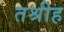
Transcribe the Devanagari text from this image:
तश्रीह